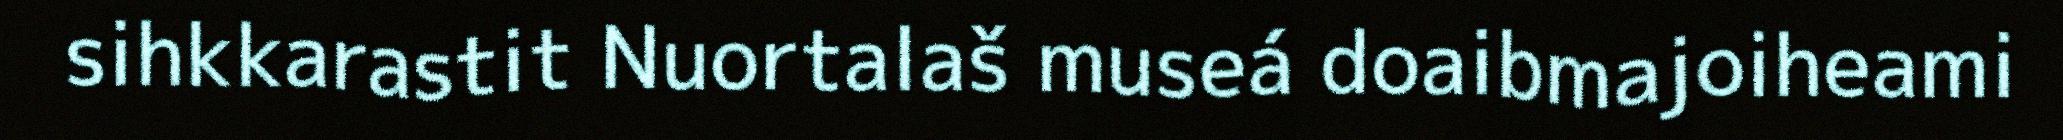
sihkkarastit Nuortalaš museá doaibmajoiheami